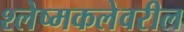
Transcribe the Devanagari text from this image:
श्लेष्मकलेवरील